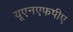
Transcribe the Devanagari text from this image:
यूएनएफपीए